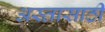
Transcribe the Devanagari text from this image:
अस्तासाठी